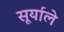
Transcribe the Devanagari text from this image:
सूर्याले